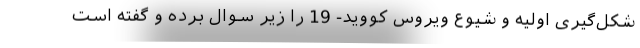
شکل‌گیری اولیه و شیوع ویروس کووید- 19 را زیر سوال برده و گفته است